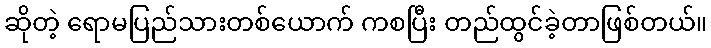
ဆိုတဲ့ ရောမပြည်သားတစ်ယောက် ကစပြီး တည်ထွင်ခဲ့တာဖြစ်တယ်။